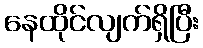
နေထိုင်လျက်ရှိပြီး